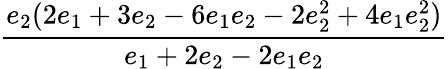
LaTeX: \displaystyle\frac{e_{2}(2e_{1}+3e_{2}-6e_{1}e_{2}-2e_{2}^{2}+4e_{1}e_{2}^{2})}{e_{1}+2e_{2}-2e_{1}e_{2}}